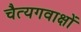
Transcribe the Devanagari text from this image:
चैत्यगवाक्षों